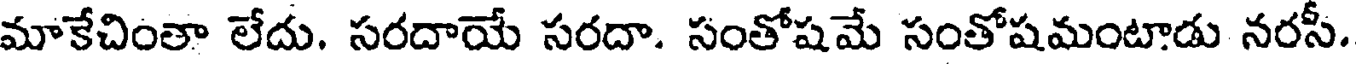
మాకేచింతా లేదు. సరదాయే సరదా. సంతోషమే సంతోషమంటాడు నరసీ.